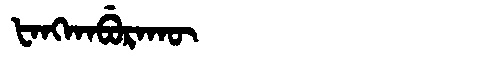
Manchu: ᡶᠠᠩᡴᠠᠪᡠᡵᠠᡴᡡ
Romanization: FANGKABURAKŪ